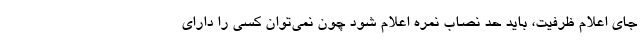
جای اعلام ظرفیت، باید حد نصاب نمره اعلام شود چون نمی‌توان کسی را دارای